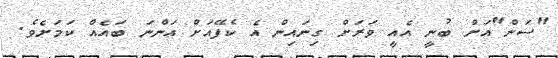
"ސަން"އަށް ބުނީ އެއީ ވަރަށް ގިނައިން އެ ކެފޭއަށް އަންނަ ބައެއް ކަމަށެވެ.